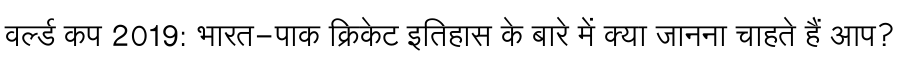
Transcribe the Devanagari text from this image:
वर्ल्ड कप 2019: भारत-पाक क्रिकेट इतिहास के बारे में क्या जानना चाहते हैं आप?